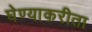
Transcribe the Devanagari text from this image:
घेण्याकरीता